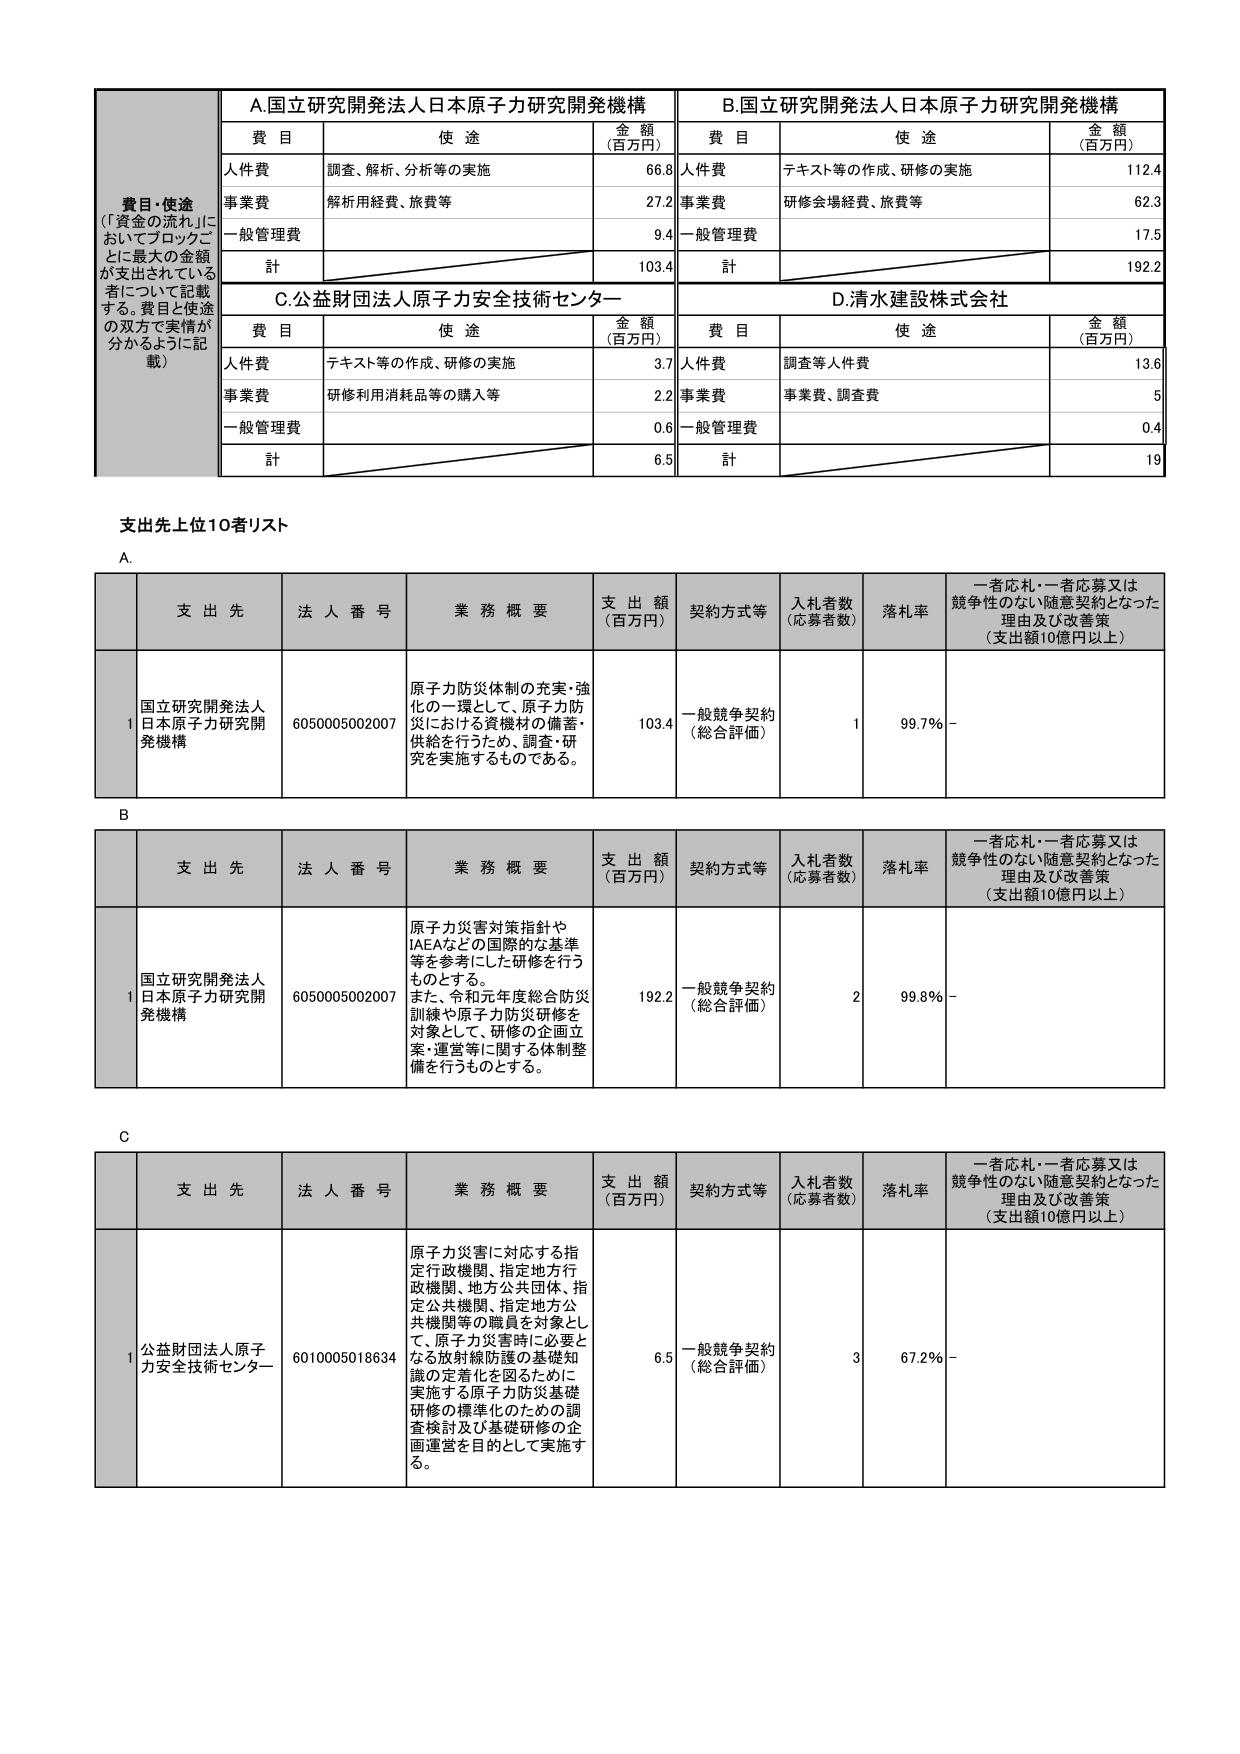
費目・使途
（「資金の流れ」に
おいてブロックご
とに最大の金額
が支出されている
者について記載
する。費目と使途
の双方で実情が
分かるように記
載）

A.国立研究開発法人日本原子力研究開発機構
費目 使途 金額（百万円）
人件費 調査、解析、分析等の実施 66.8
事業費 解析用経費、旅費等 27.2
一般管理費 9.4
計 103.4

B.国立研究開発法人日本原子力研究開発機構
費目 使途 金額（百万円）
人件費 テキスト等の作成、研修の実施 112.4
事業費 研修会場経費、旅費等 62.3
一般管理費 17.5
計 192.2

C.公益財団法人原子力安全技術センター
費目 使途 金額（百万円）
人件費 テキスト等の作成、研修の実施 3.7
事業費 研修利用消耗品等の購入等 2.2
一般管理費 0.6
計 6.5

D.清水建設株式会社
費目 使途 金額（百万円）
人件費 調査等人件費 13.6
事業費 事業費、調査費 5
一般管理費 0.4
計 19

支出先上位10者リスト

A.
支 出 先 法 人 番 号 業 務 概 要 支 出 額 （百万円） 契約方式等 入札者数 （応募者数） 落札率 一者応札・一者応募又は競争性のない随意契約となった理由及び改善策（支出額10億円以上）
1 国立研究開発法人日本原子力研究開発機構 6050005002007 原子力防災体制の充実・強化の一環として、原子力防災における資機材の備蓄・供給を行うため、調査・研究を実施するものである。 103.4 一般競争契約（総合評価） 1 99.7% -

B.
支 出 先 法 人 番 号 業 務 概 要 支 出 額 （百万円） 契約方式等 入札者数 （応募者数） 落札率 一者応札・一者応募又は競争性のない随意契約となった理由及び改善策（支出額10億円以上）
1 国立研究開発法人日本原子力研究開発機構 6050005002007 原子力災害対策指針やIAEAなどの国際的な基準等を参考にした研修を行うものとする。また、令和元年度総合防災訓練や原子力防災研修を対象として、研修の企画立案・運営等に関する体制整備を行うものとする。 192.2 一般競争契約（総合評価） 2 99.8% -

C.
支 出 先 法 人 番 号 業 務 概 要 支 出 額 （百万円） 契約方式等 入札者数 （応募者数） 落札率 一者応札・一者応募又は競争性のない随意契約となった理由及び改善策（支出額10億円以上）
1 公益財団法人原子力安全技術センター 6010005018634 原子力災害に対応する指定行政機関、指定地方行政機関、地方公共団体、指定公共機関、指定地方公共機関等の職員を対象として、原子力災害時に必要となる放射線防護の基礎知識の定着化を図るために実施する原子力防災基礎研修の標準化のための調査検討及び基礎研修の企画運営を目的として実施する。 6.5 一般競争契約（総合評価） 3 67.2% -